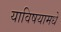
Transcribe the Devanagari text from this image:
याविषयामधे